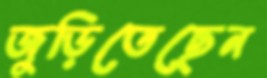
জুড়িতেছেন